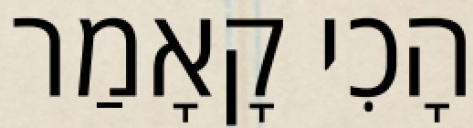
הָכִי קָאָמַר